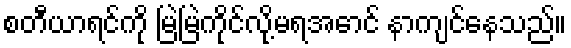
စတီယာရင်ကို မြဲမြဲကိုင်လို့မရအောင် နာကျင်နေသည်။